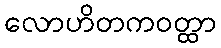
လောဟိတကဝတ္ထာ